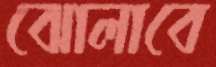
ঝোলাবে